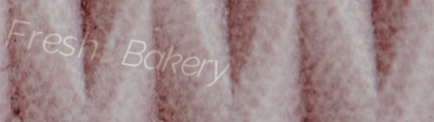
Fresh Bakery